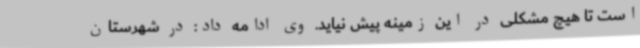
است تا هیچ مشکلی در این زمینه پیش نیاید. وی ادامه داد: در شهرستان